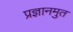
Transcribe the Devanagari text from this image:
प्रज्ञानमुत